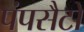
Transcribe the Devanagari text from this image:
पंपसैटों